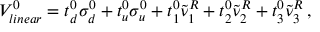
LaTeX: V _ { l i n e a r } ^ { 0 } = t _ { d } ^ { 0 } \sigma _ { d } ^ { 0 } + t _ { u } ^ { 0 } \sigma _ { u } ^ { 0 } + t _ { 1 } ^ { 0 } \tilde { \nu } _ { 1 } ^ { R } + t _ { 2 } ^ { 0 } \tilde { \nu } _ { 2 } ^ { R } + t _ { 3 } ^ { 0 } \tilde { \nu } _ { 3 } ^ { R } \, ,